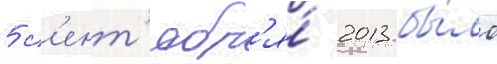
5 с'ент'ябр'я́ 2013 бы́ло